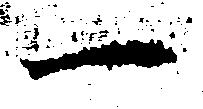
一